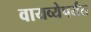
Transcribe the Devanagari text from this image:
वायव्येपर्यंत